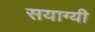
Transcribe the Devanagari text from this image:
सयाग्यी